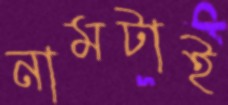
নামটাই